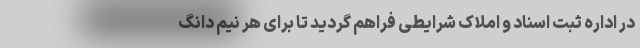
در اداره ثبت اسناد و املاک شرایطی فراهم گردید تا برای هر نیم دانگ